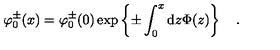
\varphi _ { 0 } ^ { \pm } ( x ) = \varphi _ { 0 } ^ { \pm } ( 0 ) \exp \left\{ \pm \int _ { 0 } ^ { x } \mathrm { d } z \Phi ( z ) \right\} \quad .